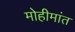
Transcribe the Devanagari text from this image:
मोहीमांत